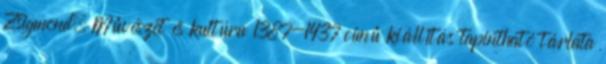
Zsigmond. Művészet és kultúra 1387-1437 című kiállítás tapintható tárlata